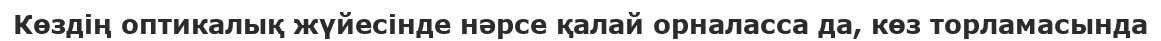
Көздің оптикалық жүйесінде нәрсе қалай орналасса да, көз торламасында